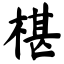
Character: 椹